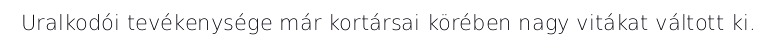
Uralkodói tevékenysége már kortársai körében nagy vitákat váltott ki.